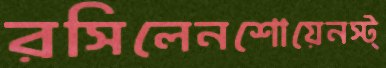
রসিলেনশোয়েনস্ট্